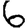
Digit: 6